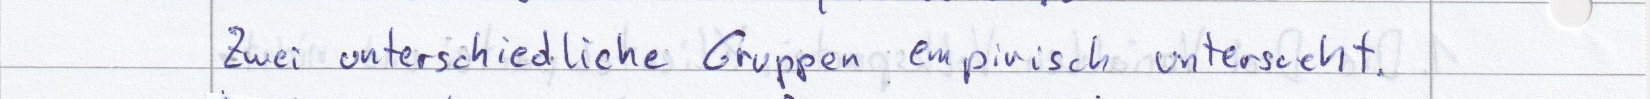
Zwei unterschiedliche Gruppen empirisch untersucht.